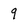
Character: 9